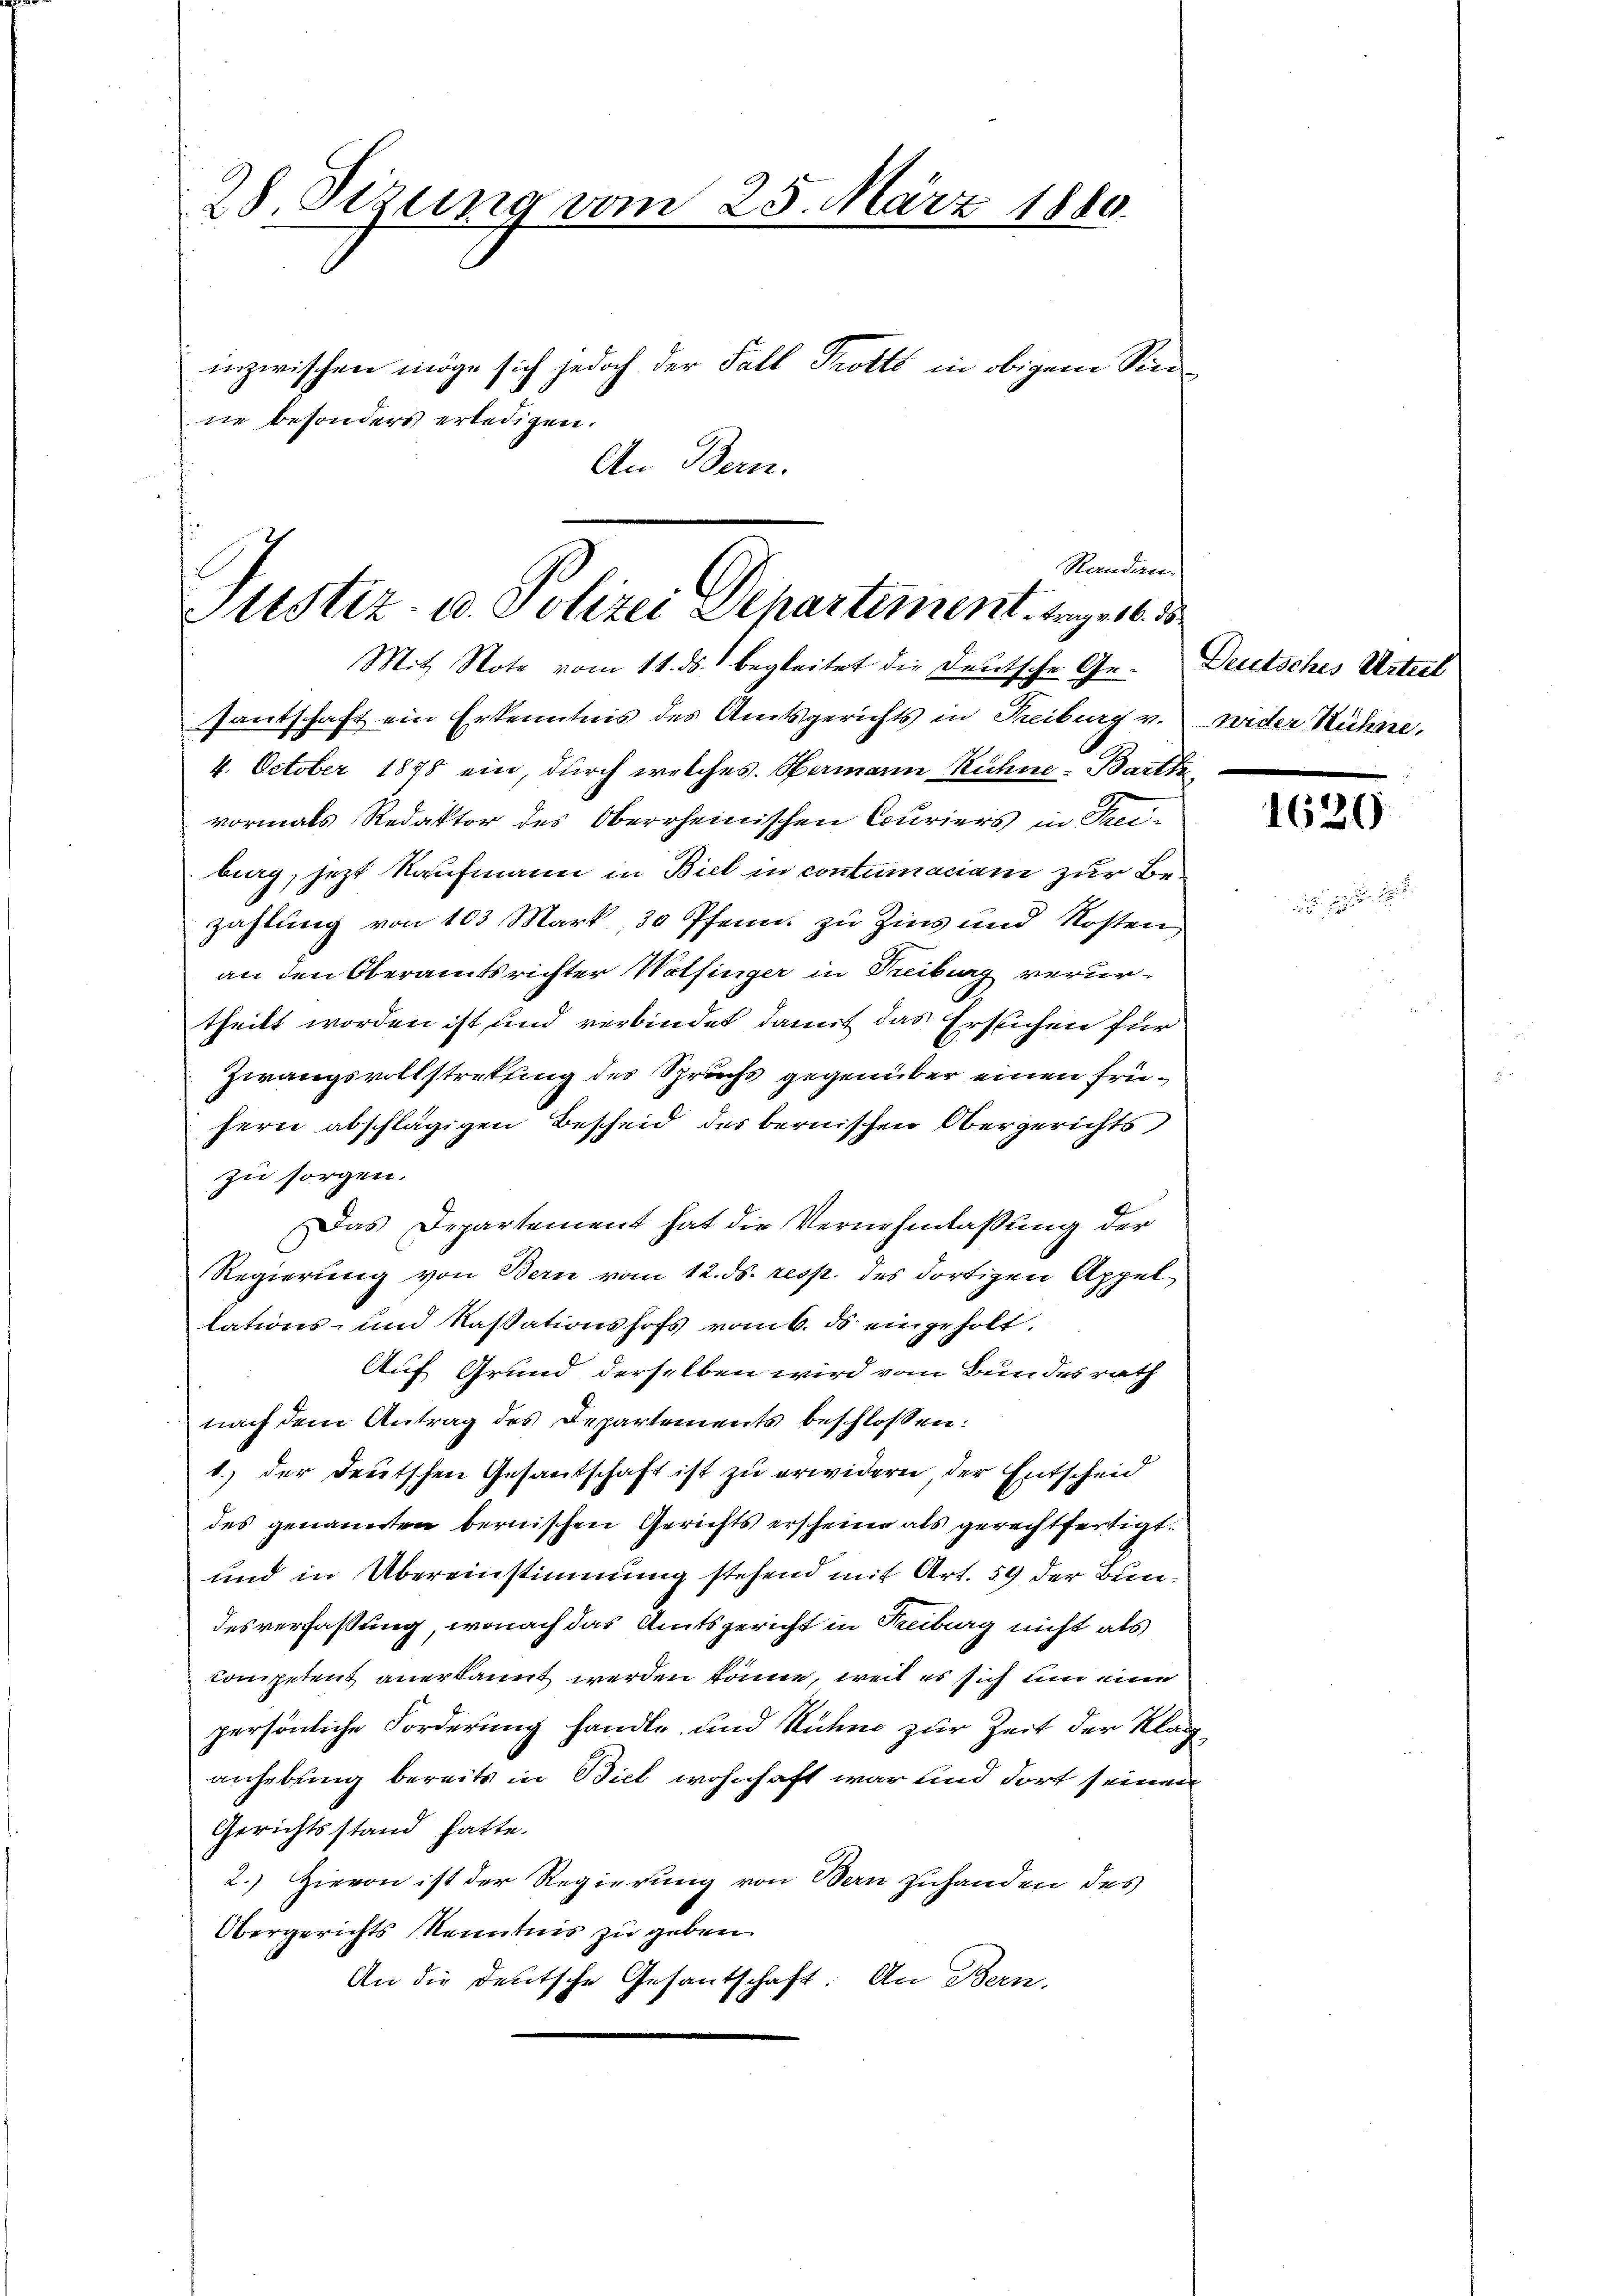
28. Sizung vom 25. März 1810.
inzwischen möge sich jedoch der Fall Trotto in obigem Sinne besonders erledigen.

santschaft ein Erkenntnis des Amtsgerichts in Freiburg v.
4. October 1878 ein, durch welches. Hermann Ruhne-Barthe
vormals Redaktor des Oberrheinischen Couriers in Frei-
burg, jetzt kaufmann in Biel in contumaciam zur Bezahlung von 103 Mark, 30 Pfenn, zu Zins und Kosten
an den Oberamtsrichter Wolfinger in Treiburg verurtheilt worden ist und verbindet damit das Ersuchen für
Zwangsvollstratting des Spruchs gegenüber einen früfern abschlägigen Bescheid des bernischen Obergerichts
zu sorgen.
Das Departement hat die Vernehmlassung der
Regierung von Bern vom 12. ds. resp. des dortigen Appel
lations- und Kassationshofs vom 6. ds eingeholt.
Auf Grund derselben wird vom Bundesrath
nach dem Antrag des Departements beschlossen:
1. der deutschen Gesantschaft ist zu erwidern der Entscheid
des genannten bernischen Gerichts erscheine als gerechtfertigt.
und in Übereinstimmung stehend mit Art. 59 der Bun¬
Iesverfassung, wonach das Amtsgericht in Kreiburg nicht als
competent anerkannt werden könne, weil es sich um eine
persönliche Forderung handle, und Ruhm zur Zeit der Klag
anhebung bereits in Biel wohnhaft war und dort seinen
Gerichtsstand hatte.
2.) Hievon ist der Regierung von Bern zuhanden des
Obergerichts Kenntnis zu geben.
An die deutsche Gesantschaft. An Bern,

An Bern.

Randan
stiz- u. Polizei Departement trag. 16. d
Mit Note vom 11. ds. begleitet die Deutsche Ge¬

Deutsches Urteil
wider Sühne.

1620